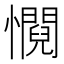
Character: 㦦